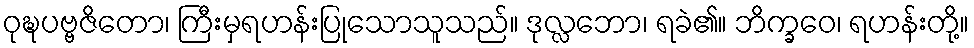
ဝုဍ္ဎပဗ္ဗဇိတော၊ ကြီးမှရဟန်းပြုသောသူသည်။ ဒုလ္လဘော၊ ရခဲ၏။ ဘိက္ခဝေ၊ ရဟန်းတို့။